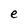
Character: e